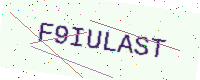
Text: F9IULAST